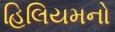
હિલિયમનો